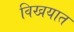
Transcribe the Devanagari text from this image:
विखयात